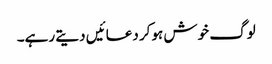
لوگ خوش ہوکر دعائیں دیتے رہے۔